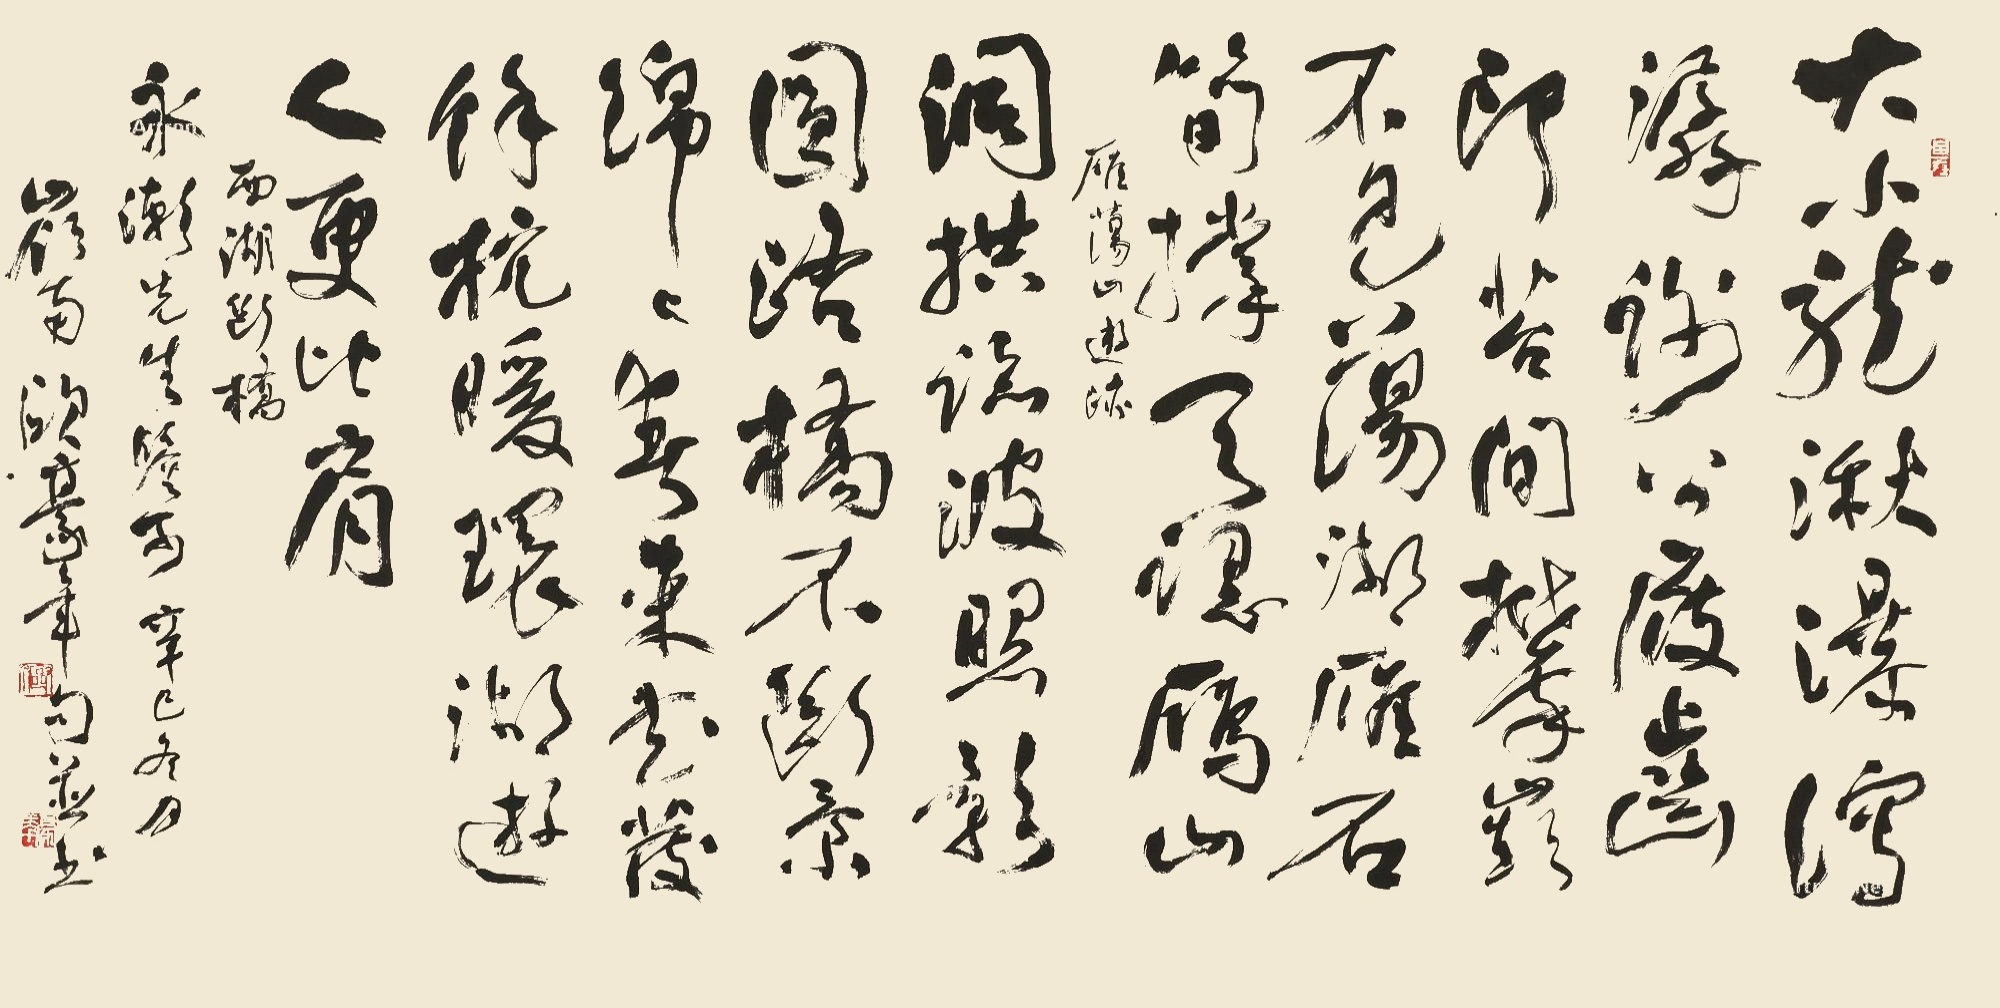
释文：大小龙湫瀑泻潺，谢公渡齿印苔间。攀岭不见荡湖雁，石笋撑天认雁山。雁荡山游踪。洞拱临波照影圆，断桥不断景绵绵。春来花落余杭暖，环湖游人更比肩。西湖断桥。永潮先生鉴可，辛巳冬月，岭南欧豪年句并书。